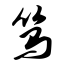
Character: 笃